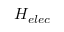
H _ { e l e c }